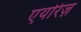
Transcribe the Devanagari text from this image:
एयरिज़